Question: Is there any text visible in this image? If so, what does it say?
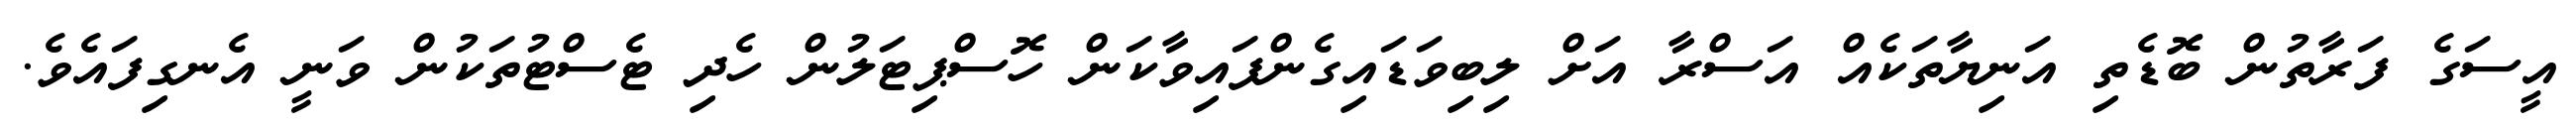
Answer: އީސަގެ ފަރާތުން ބޮޑެތި އަނިޔާތަކެއް އަސްރާ އަށް ލިބިވަޑައިގެންފައިވާކަން ހޮސްޕިޓަލުން ހެދި ޓެސްޓުތަކުން ވަނީ އެނގިފައެވެ.